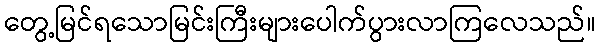
တွေ့မြင်ရသောမြင်းကြီးများပေါက်ပွားလာကြလေသည်။